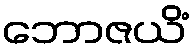
ဘောဇယိံ